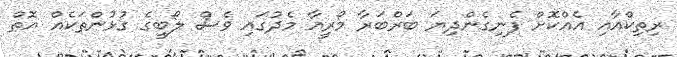
ރިތިކްއާއި އެއްކޮށް ފެނިގެންދިޔަ ބަރްބަރާ މޯރީއާ މެދުގައި ވެސް ލޯބީގެ ގުޅުންތަކެއް އޮތް